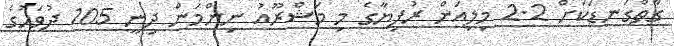
ގާތްގަނޑަކަށް 2.2 މިލިއަން ރުފިޔާގެ މި މަޝްރޫއު ނިންމަން ދިނީ 105 ދުވަހުގެ